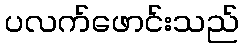
ပလက်ဖောင်းသည်